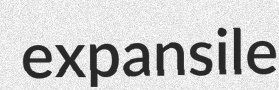
expansile